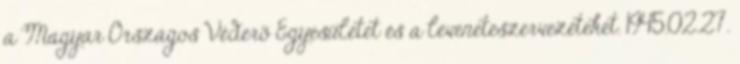
a Magyar Országos Véderõ Egyesületet és a leveneteszervezeteket. 1945.02.27.